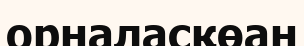
орналасқөан